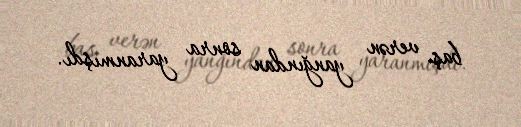
baş verən yanğından sonra yaranmışdı.